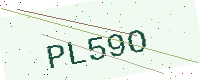
Text: PL59O